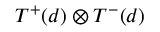
{ \cal T } ^ { + } ( d ) \otimes { \cal T } ^ { - } ( d )